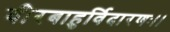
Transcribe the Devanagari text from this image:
वीरबाहुर्विदारणः।।